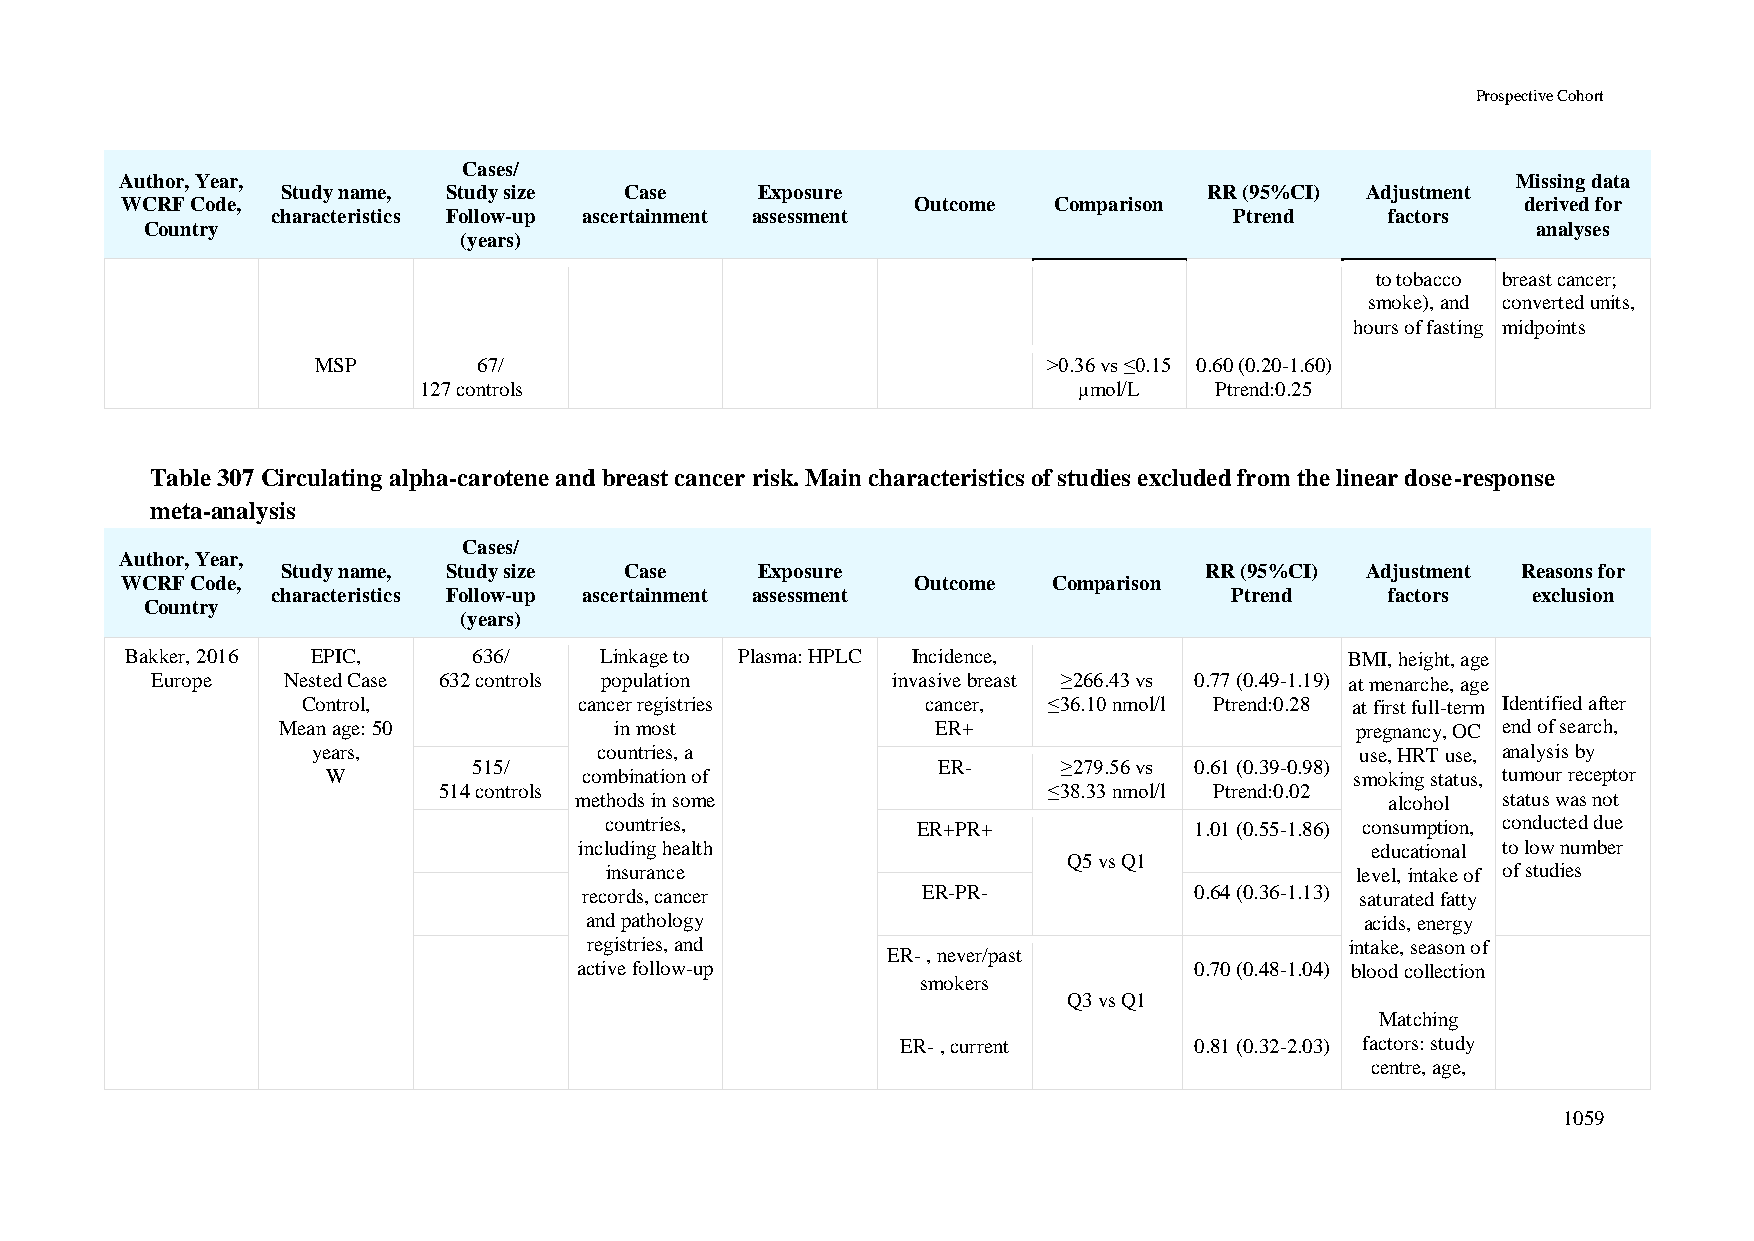
Prospective Cohort
 Cases/
 Author, Year,                                                                               Missing data
 Study name, Study size Case    Exposure                      RR (95%CI) Adjustment
 WCRF Code,                                           Outcome  Comparison                     derived for
 characteristics Follow-up ascertainment assessment              Ptrend    factors
 Country                                                                                     analyses
 (years)
 to tobacco breast cancer;
 smoke), and converted units,
 hours of fasting midpoints
 MSP        67/                                  >0.36 vs ≤0.15 0.60 (0.20-1.60)
 127 controls                               μmol/L   Ptrend:0.25
 Table 307 Circulating alpha-carotene and breast cancer risk. Main characteristics of studies excluded from the linear dose-response
 meta-analysis
 Cases/
 Author, Year,
 Study name, Study size Case    Exposure                      RR (95%CI) Adjustment Reasons for
 WCRF Code,                                           Outcome  Comparison
 characteristics Follow-up ascertainment assessment              Ptrend    factors  exclusion
 Country
 (years)
 Bakker, 2016 EPIC,     636/     Linkage to Plasma: HPLC Incidence,               BMI, height, age
 Europe   Nested Case 632 controls population     invasive breast ≥266.43 vs 0.77 (0.49-1.19) at menarche, age
 Control,          cancer registries      cancer, ≤36.10 nmol/l Ptrend:0.28 at first full-term Identified after
 Mean age: 50           in most              ER+                         pregnancy, OC end of search,
 years,             countries, a                                      use, HRT use, analysis by
 515/                           ER-     ≥279.56 vs 0.61 (0.39-0.98)
 W                combination of                                     smoking status, tumour receptor
 514 controls                            ≤38.33 nmol/l Ptrend:0.02
 methods in some                                       alcohol status was not
 countries,           ER+PR+            1.01 (0.55-1.86) consumption, conducted due
 including health                                     educational to low number
 Q5 vs Q1
 insurance                                         level, intake of of studies
 records, cancer       ER-PR-            0.64 (0.36-1.13) saturated fatty
 and pathology                                      acids, energy
 registries, and                                   intake, season of
 ER- , never/past
 active follow-up                         0.70 (0.48-1.04) blood collection
 smokers
 Q3 vs Q1
 Matching
 ER- , current      0.81 (0.32-2.03) factors: study
 centre, age,
 1059